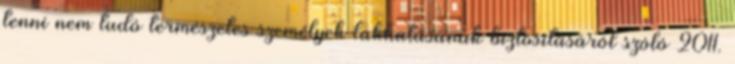
tenni nem tudó természetes személyek lakhatásának biztosításáról szóló 2011.